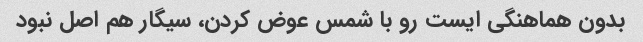
بدون هماهنگی ایست رو با شمس عوض کردن، سیگار هم اصل نبود